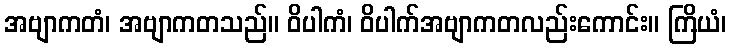
အဗျာကတံ၊ အဗျာကတသည်။ ဝိပါကံ၊ ဝိပါက်အဗျာကတလည်းကောင်း။ ကြိယံ၊